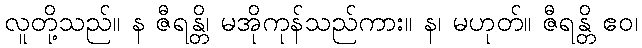
လူတို့သည်။ န ဇီရန္တိ၊ မအိုကုန်သည်ကား။ န၊ မဟုတ်။ ဇီရန္တိ ဧဝ၊